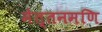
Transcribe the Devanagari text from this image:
मेत्तनमणि